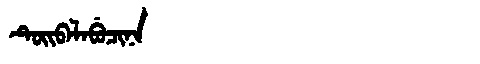
Manchu: ᡨᡠᡳᠪᠠᠯᠠᠪᡠᠴᡳᠨᠠ
Romanization: TUIBALABUCINA